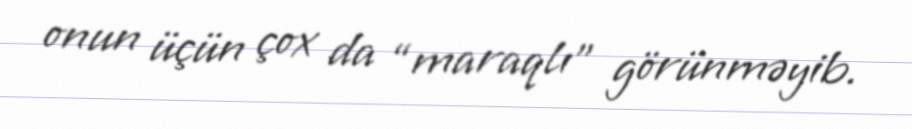
onun üçün çox da “maraqlı” görünməyib.